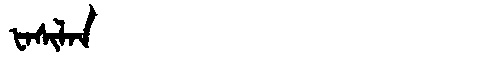
Manchu: ᡶᠠᠰᡳᠯᠠᠨ
Romanization: FASILAN